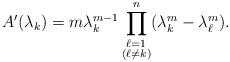
LaTeX: \begin{align*}A'(\lambda_k)=m\lambda_k^{m-1}\prod_{\substack{\ell=1\\(\ell\neq k)}}^n(\lambda_k^m-\lambda_\ell^m).\end{align*}